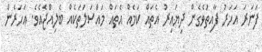
ފަނަރަ އަހަރު ފާއިތުވެގެން ދިޔައިރު އެތައް ކަމެއް އެތައް މައްސަލަތަކެއް ބެލިއްޖެއެވެ. އަހަރެން